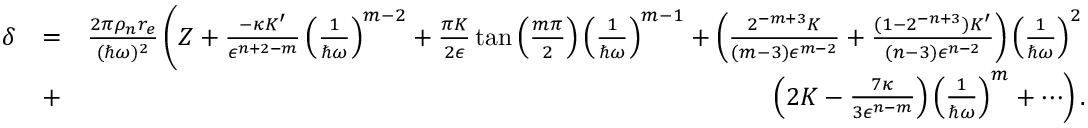
\begin{array} { r l r } { \delta } & { = } & { \frac { 2 \pi \rho _ { n } r _ { e } } { ( \hbar \omega ) ^ { 2 } } \left( Z + \frac { - \kappa K ^ { \prime } } { \epsilon ^ { n + 2 - m } } \left( \frac { 1 } { \hbar \omega } \right) ^ { m - 2 } + \frac { \pi K } { 2 \epsilon } \tan \left( \frac { m \pi } { 2 } \right) \left( \frac { 1 } { \hbar \omega } \right) ^ { m - 1 } + \left( \frac { 2 ^ { - m + 3 } K } { ( m - 3 ) \epsilon ^ { m - 2 } } + \frac { ( 1 - 2 ^ { - n + 3 } ) K ^ { \prime } } { ( n - 3 ) \epsilon ^ { n - 2 } } \right) \left( \frac { 1 } { \hbar \omega } \right) ^ { 2 } \right. } \\ & { + } & { \left. \left( 2 K - \frac { 7 \kappa } { 3 \epsilon ^ { n - m } } \right) \left( \frac { 1 } { \hbar \omega } \right) ^ { m } + \cdots \right) . } \end{array}